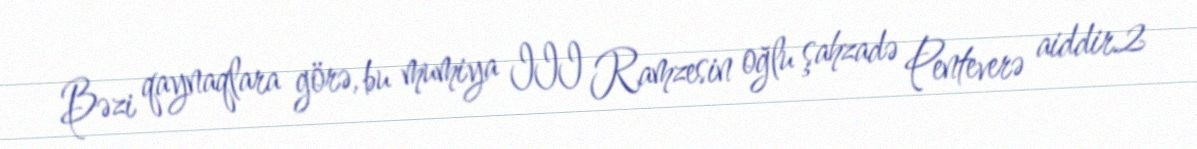
Bəzi qaynaqlara görə, bu mumiya III Ramzesin oğlu şahzadə Penteverə aiddir.2